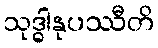
သုဒ္ဓါနုပဿီတိ